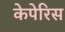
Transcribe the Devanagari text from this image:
केपेरिस